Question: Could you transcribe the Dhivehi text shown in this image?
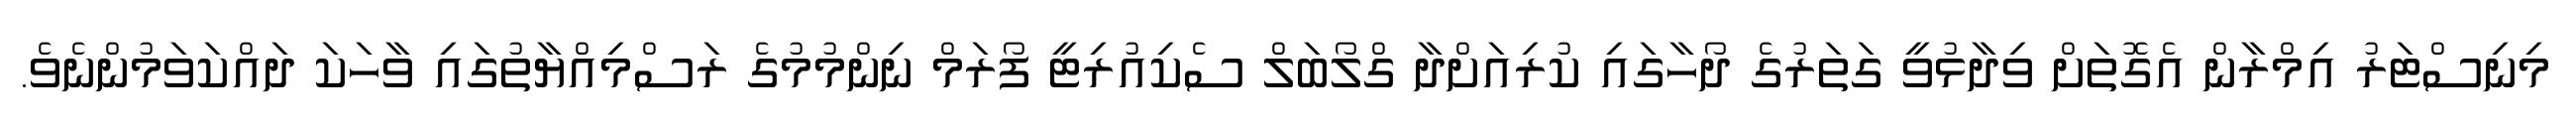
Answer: މިނިސްޓަރު އިމްރާން އެގޮތަށް ވިދާޅުވީ ގަތަރުގެ ދޯހާގައި ކުރިއަށްދާ ގްލޯބަލް ސެކިއުރިޓީ ފޯރަމް ނިންމުމުގެ ރަސްމިއްޔާތުގައި ވާހަކަ ދައްކަވަމުންނެވެ.